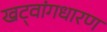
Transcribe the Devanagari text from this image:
खट्‌वांगधारण